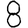
Digit: 8